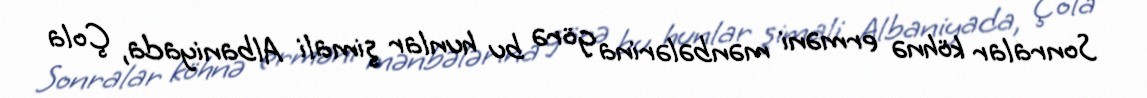
Sonralar köhnə erməni mənbələrina görə bu hunlar şimali Albaniyada, Çola